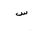
Letter: _sin